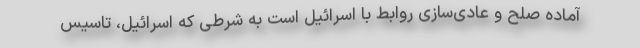
آماده صلح و عادی‌سازی روابط با اسرائیل است به شرطی که اسرائیل، تاسیس